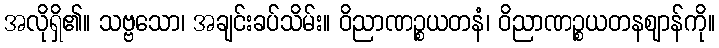
အလိုရှိ၏။ သဗ္ဗသော၊ အချင်းခပ်သိမ်း။ ဝိညာဏဉ္စယတနံ၊ ဝိညာဏဉ္စယတနဈာန်ကို။